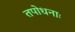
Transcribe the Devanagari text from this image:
तपोधनाः